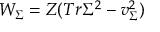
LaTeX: W _ { \Sigma } = Z ( T r \Sigma ^ { 2 } - v _ { \Sigma } ^ { 2 } )